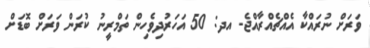
ވަރަށް ނުރައްކާ އެއްޗެއްރާއްޖެ- އދ: 50 އަހަރުދިވެހިން ތަމްރީނު ކުރަން ވަރަށް ބޮޑަށް